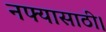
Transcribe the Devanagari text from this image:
नफ्यासाठी।